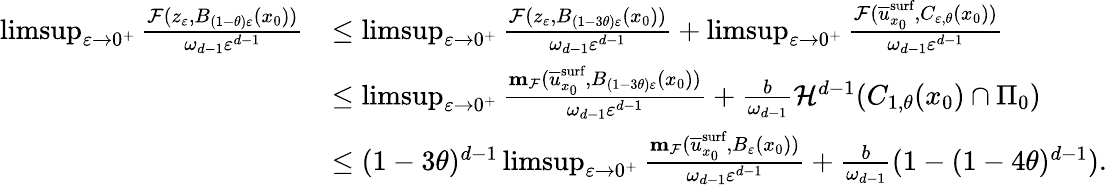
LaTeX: \begin{array}{rl}{\operatorname*{limsup}_{\varepsilon\to 0^{+}}\frac{\mathcal{F}(z_{\varepsilon},B_{(1-\theta)\varepsilon}(x_{0}))}{\omega_{d-1}\varepsilon^{d-1}}}&{\leq\operatorname*{limsup}_{\varepsilon\to 0^{+}}\frac{\mathcal{F}(z_{\varepsilon},B_{(1-3\theta)\varepsilon}(x_{0}))}{\omega_{d-1}\varepsilon^{d-1}}+\operatorname*{limsup}_{\varepsilon\to 0^{+}}\frac{\mathcal{F}(\overline{{u}}_{x_{0}}^{\textnormal{surf}},C_{\varepsilon,\theta}(x_{0}))}{\omega_{d-1}\varepsilon^{d-1}}}\\ &{\leq\operatorname*{limsup}_{\varepsilon\to 0^{+}}\frac{\mathbf{m}_{\mathcal{F}}(\overline{{u}}_{x_{0}}^{\textnormal{surf}},B_{(1-3\theta)\varepsilon}(x_{0}))}{\omega_{d-1}\varepsilon^{d-1}}+\frac{b}{\omega_{d-1}}\mathcal{H}^{d-1}(C_{1,\theta}(x_{0})\cap\Pi_{0})}\\ &{\leq(1-3\theta)^{d-1}\operatorname*{limsup}_{\varepsilon\to 0^{+}}\frac{\mathbf{m}_{\mathcal{F}}(\overline{{u}}_{x_{0}}^{\textnormal{surf}},B_{\varepsilon}(x_{0}))}{\omega_{d-1}\varepsilon^{d-1}}+\frac{b}{\omega_{d-1}}(1-(1-4\theta)^{d-1}).}\end{array}